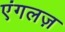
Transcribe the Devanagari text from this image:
एंगलज़